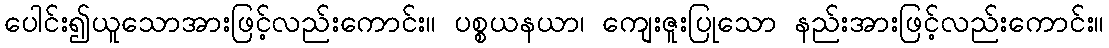
ပေါင်း၍ယူသောအားဖြင့်လည်းကောင်း။ ပစ္စယနယာ၊ ကျေးဇူးပြုသော နည်းအားဖြင့်လည်းကောင်း။